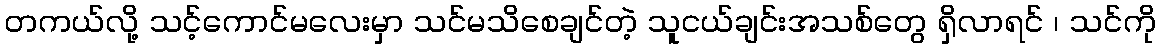
တကယ်လို့ သင့်ကောင်မလေးမှာ သင်မသိစေချင်တဲ့ သူငယ်ချင်းအသစ်တွေ ရှိလာရင် ၊ သင်ကို